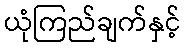
ယုံကြည်ချက်နှင့်